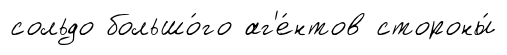
сольдо большо́го аг'е́нтов стороны́